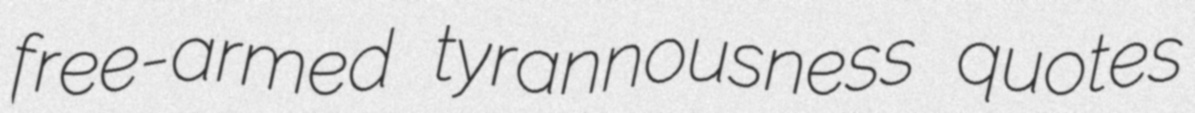
free-armed tyrannousness quotes